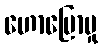
ဟောပြောမှု